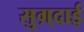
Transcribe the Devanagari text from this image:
सुग़्दाई